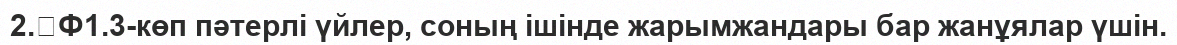
2.	Ф1.3-көп пәтерлi үйлер, соның iшiнде жарымжандары бар жанұялар үшiн.